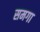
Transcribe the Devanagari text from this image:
समगा